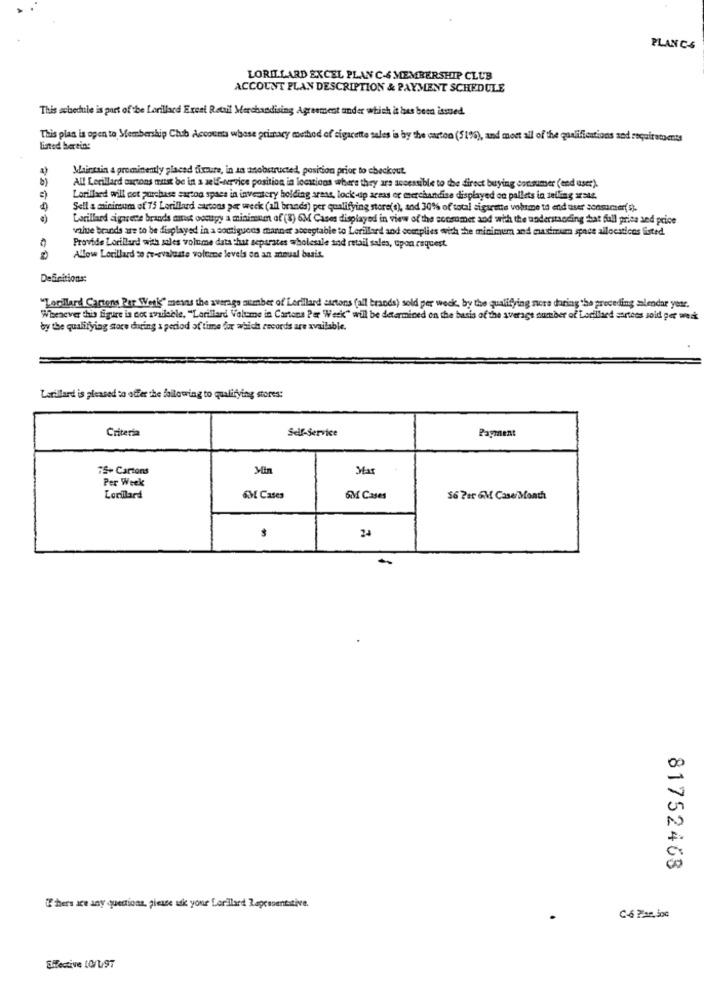
PLAN C-5
LORILLARD EXCEL PLAN C-6 MEMBERSHIP CLUB
ACCOUNT PLAN DESCRIPTION & PAYMENT SCHEDULE
This schedule is part ofthe Lorillard Excel Retail Merchandising Agreement under which it has been issued.
This plas is open to Membership Chib Accounts whose primacy method of sigacette sales is by the carton (51%), and most all of the qualifications sod requiretoets
listed bertin:
Maintain & prominently placed fixture, in in anobstructed, position prior to checkout.
All Lorillard cartons must be in a self-service position in locations where they are accessible to the direct buying consumer (end user)
Lorillard will not purchase carton spaes in inventory holding arms, lock-up areas or merchandise displayed on pallets in selling arate.
Sell a minimum of 75 Lorillard cartons per week (all brands) per qualifying store(s), and 30% of total sigarette volume to end user consumer(s).
Lorillard sigarette brands minst occupy a minimum of (8) 6M Cases displayed in view of the consumer aod with the understanding hat full price and price
value brands are to be displayed in a soctiquons manner acceptable to Lorillard and complies with the minimum and maximum spnet allocsticos fisted.
Provide Lorillard with sales volume data that separates wholesale and retail sales, upon request.
Allow Lorillard so re-evaluate volume levels on an anual basis.
Definitions:
"Lowillard Cartons Per Week" means the average number of Lorillard cartons (all brands) sold per week, by the qualifying nore daring the preceding alendar year.
Whenever the figure is cos available, "Lorillard Voltame in Cartons Per Week" will be determined on the basis of the average number of Lorillard sorteos sold per week
by the qualifying store during a period of time for which records are available.
Larillard is pleased to offer the following to qualifying stores:
Criteria
Self-service
Payment
75+ Cartons
Min
Wat
Per Week
Lorillard
SM Cases
6M Cases
56 Per 6M Case/ Month
81752468
If there are any questions, please ask your Lorillard Representative.
SHective 10/197